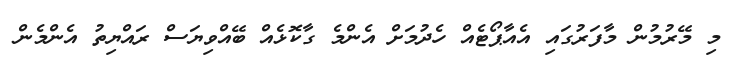
މި މޭރުމުން މާފަރުގައި އެއާޕޯޓެއް ހެދުމަށް އެންމެ ގާކޮޅެއް ބޭއްވިޔަސް ރައްޔިތު އެންމެން